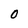
Character: 0